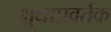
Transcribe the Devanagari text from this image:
क्षुधाप्रवर्तक